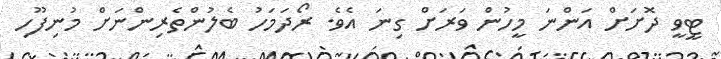
ޓީވީ ދޮށަށް އަންނަ މީހުން ވަރަށް ގިނަ އެވެ. ރޯދަމަހު ބެލުންތެރިންނަށް މުނިފޫހި